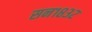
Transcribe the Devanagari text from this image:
सन१८३२